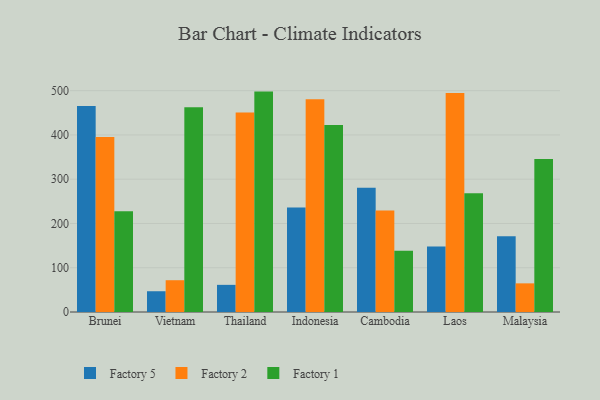
{"axis": {"x": "Country", "y": "Page Views"}, "legend": ["Factory 1", "Factory 2", "Factory 5"], "data": [{"x": "Brunei", "y": 465.5, "type": "Factory 5"}, {"x": "Brunei", "y": 395.4, "type": "Factory 2"}, {"x": "Brunei", "y": 227.6, "type": "Factory 1"}, {"x": "Vietnam", "y": 46.9, "type": "Factory 5"}, {"x": "Vietnam", "y": 71.8, "type": "Factory 2"}, {"x": "Vietnam", "y": 462.3, "type": "Factory 1"}, {"x": "Thailand", "y": 61.3, "type": "Factory 5"}, {"x": "Thailand", "y": 450.7, "type": "Factory 2"}, {"x": "Thailand", "y": 497.9, "type": "Factory 1"}, {"x": "Indonesia", "y": 236.1, "type": "Factory 5"}, {"x": "Indonesia", "y": 480.9, "type": "Factory 2"}, {"x": "Indonesia", "y": 422.7, "type": "Factory 1"}, {"x": "Cambodia", "y": 280.6, "type": "Factory 5"}, {"x": "Cambodia", "y": 229.3, "type": "Factory 2"}, {"x": "Cambodia", "y": 138.4, "type": "Factory 1"}, {"x": "Laos", "y": 147.8, "type": "Factory 5"}, {"x": "Laos", "y": 494.6, "type": "Factory 2"}, {"x": "Laos", "y": 268.0, "type": "Factory 1"}, {"x": "Malaysia", "y": 171.0, "type": "Factory 5"}, {"x": "Malaysia", "y": 64.7, "type": "Factory 2"}, {"x": "Malaysia", "y": 345.5, "type": "Factory 1"}]}